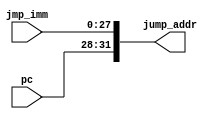


// file concat.v


module concat(
	input wire [27:0] jmp_imm,
	input wire [3:0] pc,
	output reg [31:0] jump_addr);
	
	always @* begin
		jump_addr <= { pc[3:0], jmp_imm[27:0] };
	end
	
endmodule